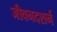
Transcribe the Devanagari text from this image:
जीवनदशर्न